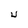
Character: U